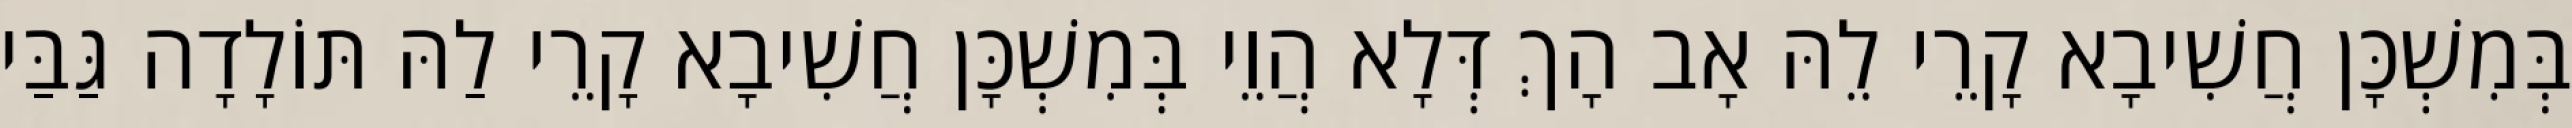
בְּמִשְׁכָּן חֲשִׁיבָא קָרֵי לֵהּ אָב הָךְ דְּלָא הֲוֵי בְּמִשְׁכָּן חֲשִׁיבָא קָרֵי לַהּ תּוֹלָדָה גַּבַּי